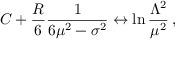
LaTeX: C + \frac { R } { 6 } \frac { 1 } { 6 \mu ^ { 2 } - \sigma ^ { 2 } } \leftrightarrow \ln \frac { \Lambda ^ { 2 } } { \mu ^ { 2 } } \, ,